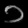
Digit: ၁